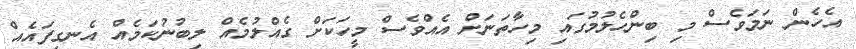
އެހެން ނަމަވެސް މި ބިންހެލުމުގައި މިހާތަނަށް އެއްވެސް މީހަކަށް ގެއްލުމެއް ލިބުނުކަމެއް އެނގިފައެއް